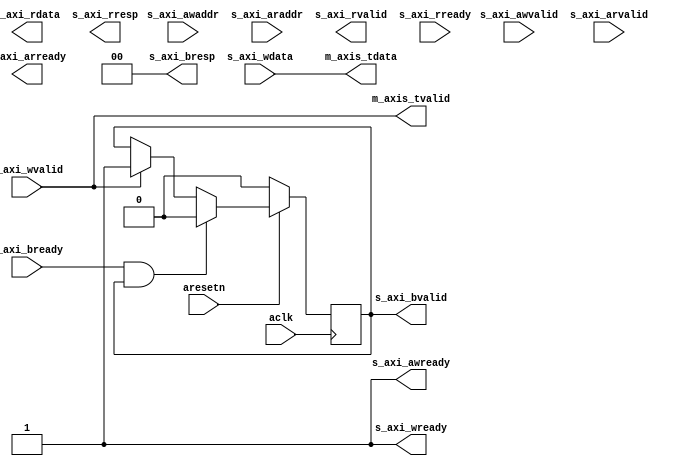

`timescale 1 ns / 1 ps

module axi_axis_writer #
(
  parameter integer AXI_DATA_WIDTH = 32,
  parameter integer AXI_ADDR_WIDTH = 16
)
(
  // System signals
  input  wire                      aclk,
  input  wire                      aresetn,

  // Slave side
  input  wire [AXI_ADDR_WIDTH-1:0] s_axi_awaddr,  // AXI4-Lite slave: Write address
  input  wire                      s_axi_awvalid, // AXI4-Lite slave: Write address valid
  output wire                      s_axi_awready, // AXI4-Lite slave: Write address ready
  input  wire [AXI_DATA_WIDTH-1:0] s_axi_wdata,   // AXI4-Lite slave: Write data
  input  wire                      s_axi_wvalid,  // AXI4-Lite slave: Write data valid
  output wire                      s_axi_wready,  // AXI4-Lite slave: Write data ready
  output wire [1:0]                s_axi_bresp,   // AXI4-Lite slave: Write response
  output wire                      s_axi_bvalid,  // AXI4-Lite slave: Write response valid
  input  wire                      s_axi_bready,  // AXI4-Lite slave: Write response ready
  input  wire [AXI_ADDR_WIDTH-1:0] s_axi_araddr,  // AXI4-Lite slave: Read address
  input  wire                      s_axi_arvalid, // AXI4-Lite slave: Read address valid
  output wire                      s_axi_arready, // AXI4-Lite slave: Read address ready
  output wire [AXI_DATA_WIDTH-1:0] s_axi_rdata,   // AXI4-Lite slave: Read data
  output wire [1:0]                s_axi_rresp,   // AXI4-Lite slave: Read data response
  output wire                      s_axi_rvalid,  // AXI4-Lite slave: Read data valid
  input  wire                      s_axi_rready,  // AXI4-Lite slave: Read data ready

  // Master side
  output wire [AXI_DATA_WIDTH-1:0] m_axis_tdata,
  output wire                      m_axis_tvalid
);

  reg int_ready_reg, int_ready_next;
  reg int_valid_reg, int_valid_next;
  reg [AXI_DATA_WIDTH-1:0] int_tdata_reg, int_tdata_next;

  always @(posedge aclk)
  begin
    if(~aresetn)
    begin
      int_valid_reg <= 1'b0;
    end
    else
    begin
      int_valid_reg <= int_valid_next;
    end
  end

  always @*
  begin
    int_valid_next = int_valid_reg;

    if(s_axi_wvalid)
    begin
      int_valid_next = 1'b1;
    end

    if(s_axi_bready & int_valid_reg)
    begin
      int_valid_next = 1'b0;
    end
  end

  assign s_axi_bresp = 2'd0;

  assign s_axi_awready = 1'b1;
  assign s_axi_wready = 1'b1;
  assign s_axi_bvalid = int_valid_reg;

  assign m_axis_tdata = s_axi_wdata;
  assign m_axis_tvalid = s_axi_wvalid;

endmodule